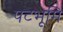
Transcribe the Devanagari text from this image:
पटभूमि